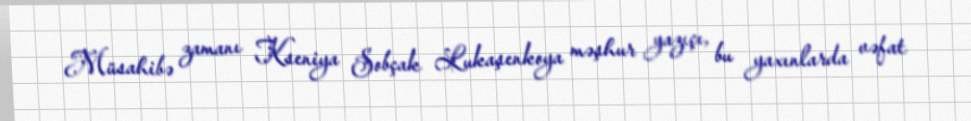
Müsahibə zamanı Kseniya Sobçak Lukaşenkoya məşhur yazıçı, bu yaxınlarda vəfat